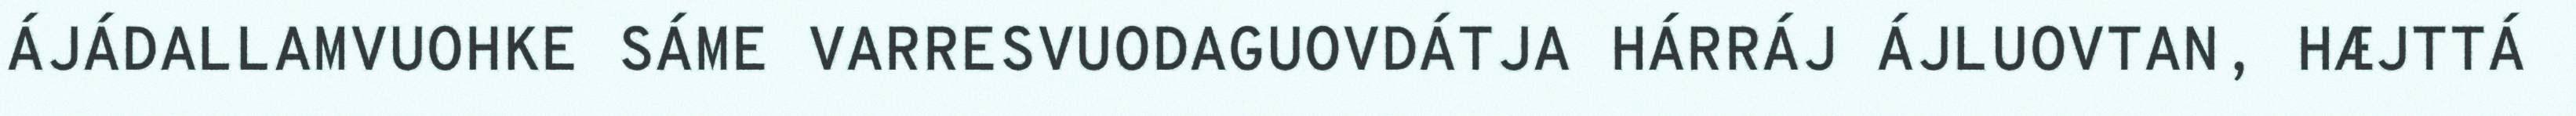
ÁJÁDALLAMVUOHKE SÁME VARRESVUODAGUOVDÁTJA HÁRRÁJ ÁJLUOVTAN, HÆJTTÁ